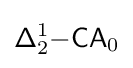
{\mathsf {\Delta }}_{2}^{1}{\mathsf {-CA}}_{0}